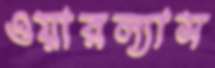
ওয়ারল্যাস